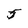
Character: 5